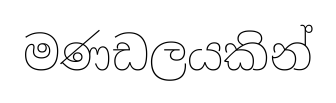
මණඩලයකින්